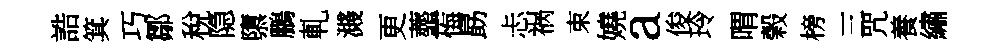
誥箕巧鄒稅隐隳鵬軋濺更虀悔勗忐祸束嬈a俊玲喟榖榜三咒養繡